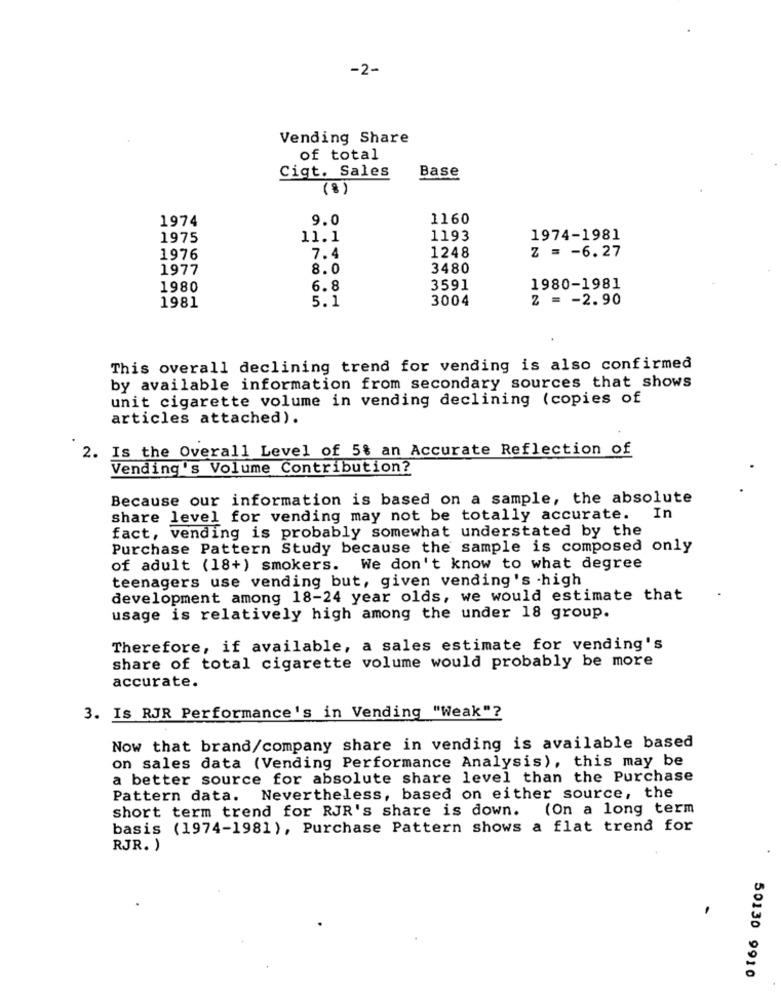
-2-
Vending Share
of total
Base
Cigt. Sales
(8)
1974
9.0
1160
1975
11.1
1193
1974-1981
Z = - 6.27
1976
7.4
1248
1977
8.0
3480
1980
6.8
3591
1980-1981
3004
Z = - 2.90
1981
5.1
This overall declining trend for vending is also confirmed
by available information from secondary sources that shows
unit cigarette volume in vending declining (copies of
articles attached).
2. Is the Overall Level of 5% an Accurate Reflection of
Vending's Volume Contribution?
Because our information is based on a sample, the absolute
share level for vending may not be totally accurate.
. In
fact, vending is probably somewhat understated by the
Purchase Pattern Study because the sample is composed only
of adult (18+) smokers. We don't know to what degree
teenagers use vending but, given vending's -high
development among 18-24 year olds, we would estimate that
usage is relatively high among the under 18 group.
Therefore, if available, a sales estimate for vending's
share of total cigarette volume would probably be more
accurate.
3. Is RJR Performance's in Vending "Weak"?
Now that brand/company share in vending is available based
on sales data (Vending Performance Analysis), this may be
a better source for absolute share level than the Purchase
Pattern data. Nevertheless, based on either source, the
short term trend for RJR's share is down.
(On a long term
basis (1974-1981), Purchase Pattern shows a flat trend for
RJR. )
.
-
50130 9910